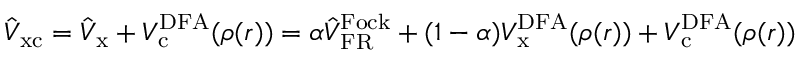
\hat { V } _ { \mathrm { x c } } = \hat { V } _ { \mathrm { x } } + V _ { \mathrm { c } } ^ { \mathrm { D F A } } ( \rho ( \boldsymbol { r } ) ) = \alpha \hat { V } _ { \mathrm { F R } } ^ { \mathrm { F o c k } } + ( 1 - \alpha ) V _ { \mathrm { x } } ^ { \mathrm { D F A } } ( \rho ( \boldsymbol { r } ) ) + V _ { \mathrm { c } } ^ { \mathrm { D F A } } ( \rho ( \boldsymbol { r } ) )